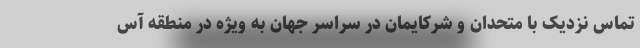
تماس نزدیک با متحدان و شرکایمان در سراسر جهان به ویژه در منطقه آس